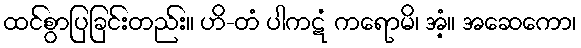
ထင်စွာပြခြင်းတည်း။ ဟိ-တံ ပါကဋံ ကရောမိ၊ အံ့။ အဆေကော၊